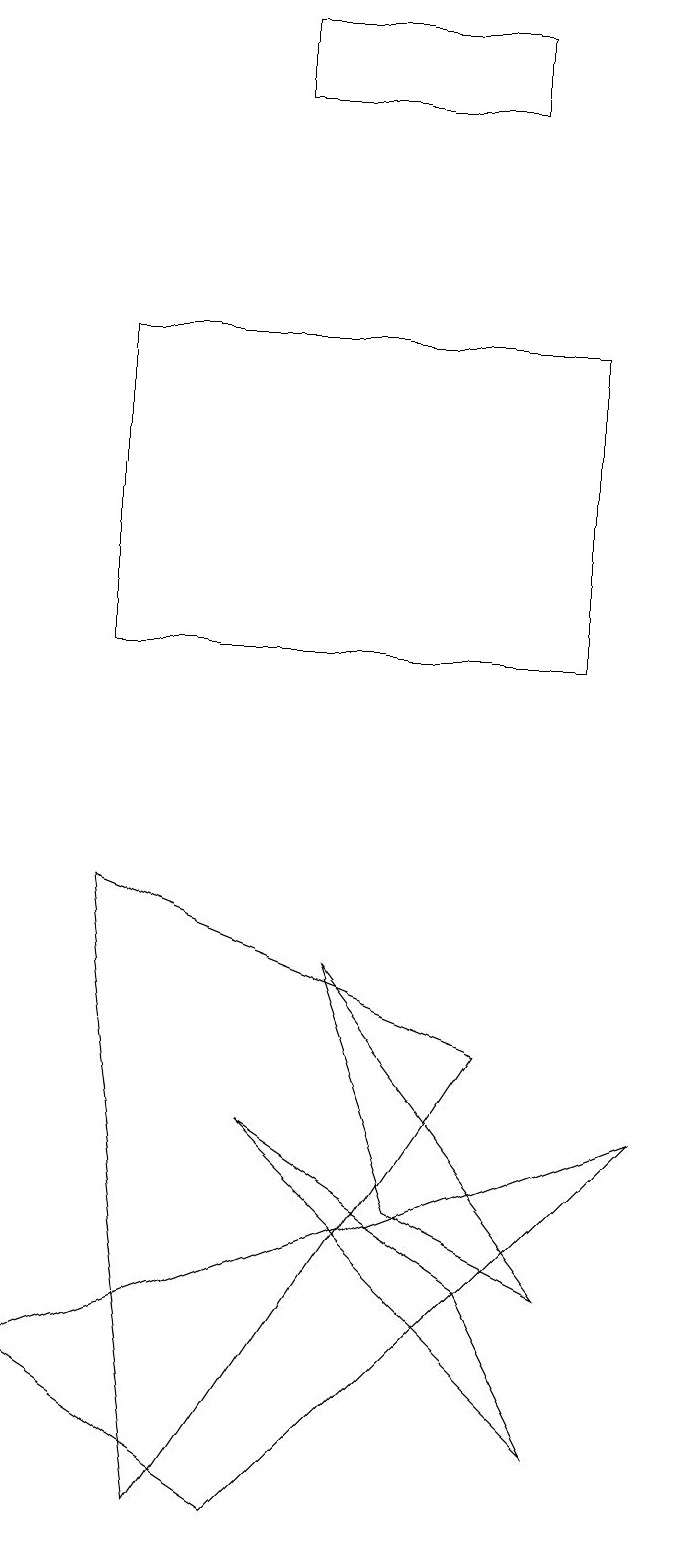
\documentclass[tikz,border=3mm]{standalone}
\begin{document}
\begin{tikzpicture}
\draw (2,11) rectangle (8,15);
\draw (5,7) -- (8,3) -- (6,4) -- cycle;
\draw (1,2) -- (4,0) -- (9,5) -- cycle;
\draw (2,8) -- (7,6) -- (3,0) -- cycle;
\draw (8,1) -- (7,3) -- (4,5) -- cycle;
\draw (7,19) rectangle (4,18);
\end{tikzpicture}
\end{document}